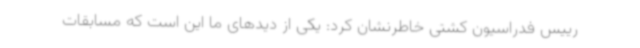
رییس فدراسیون کشتی خاطرنشان کرد: یکی از دیدهای ما این است که مسابقات